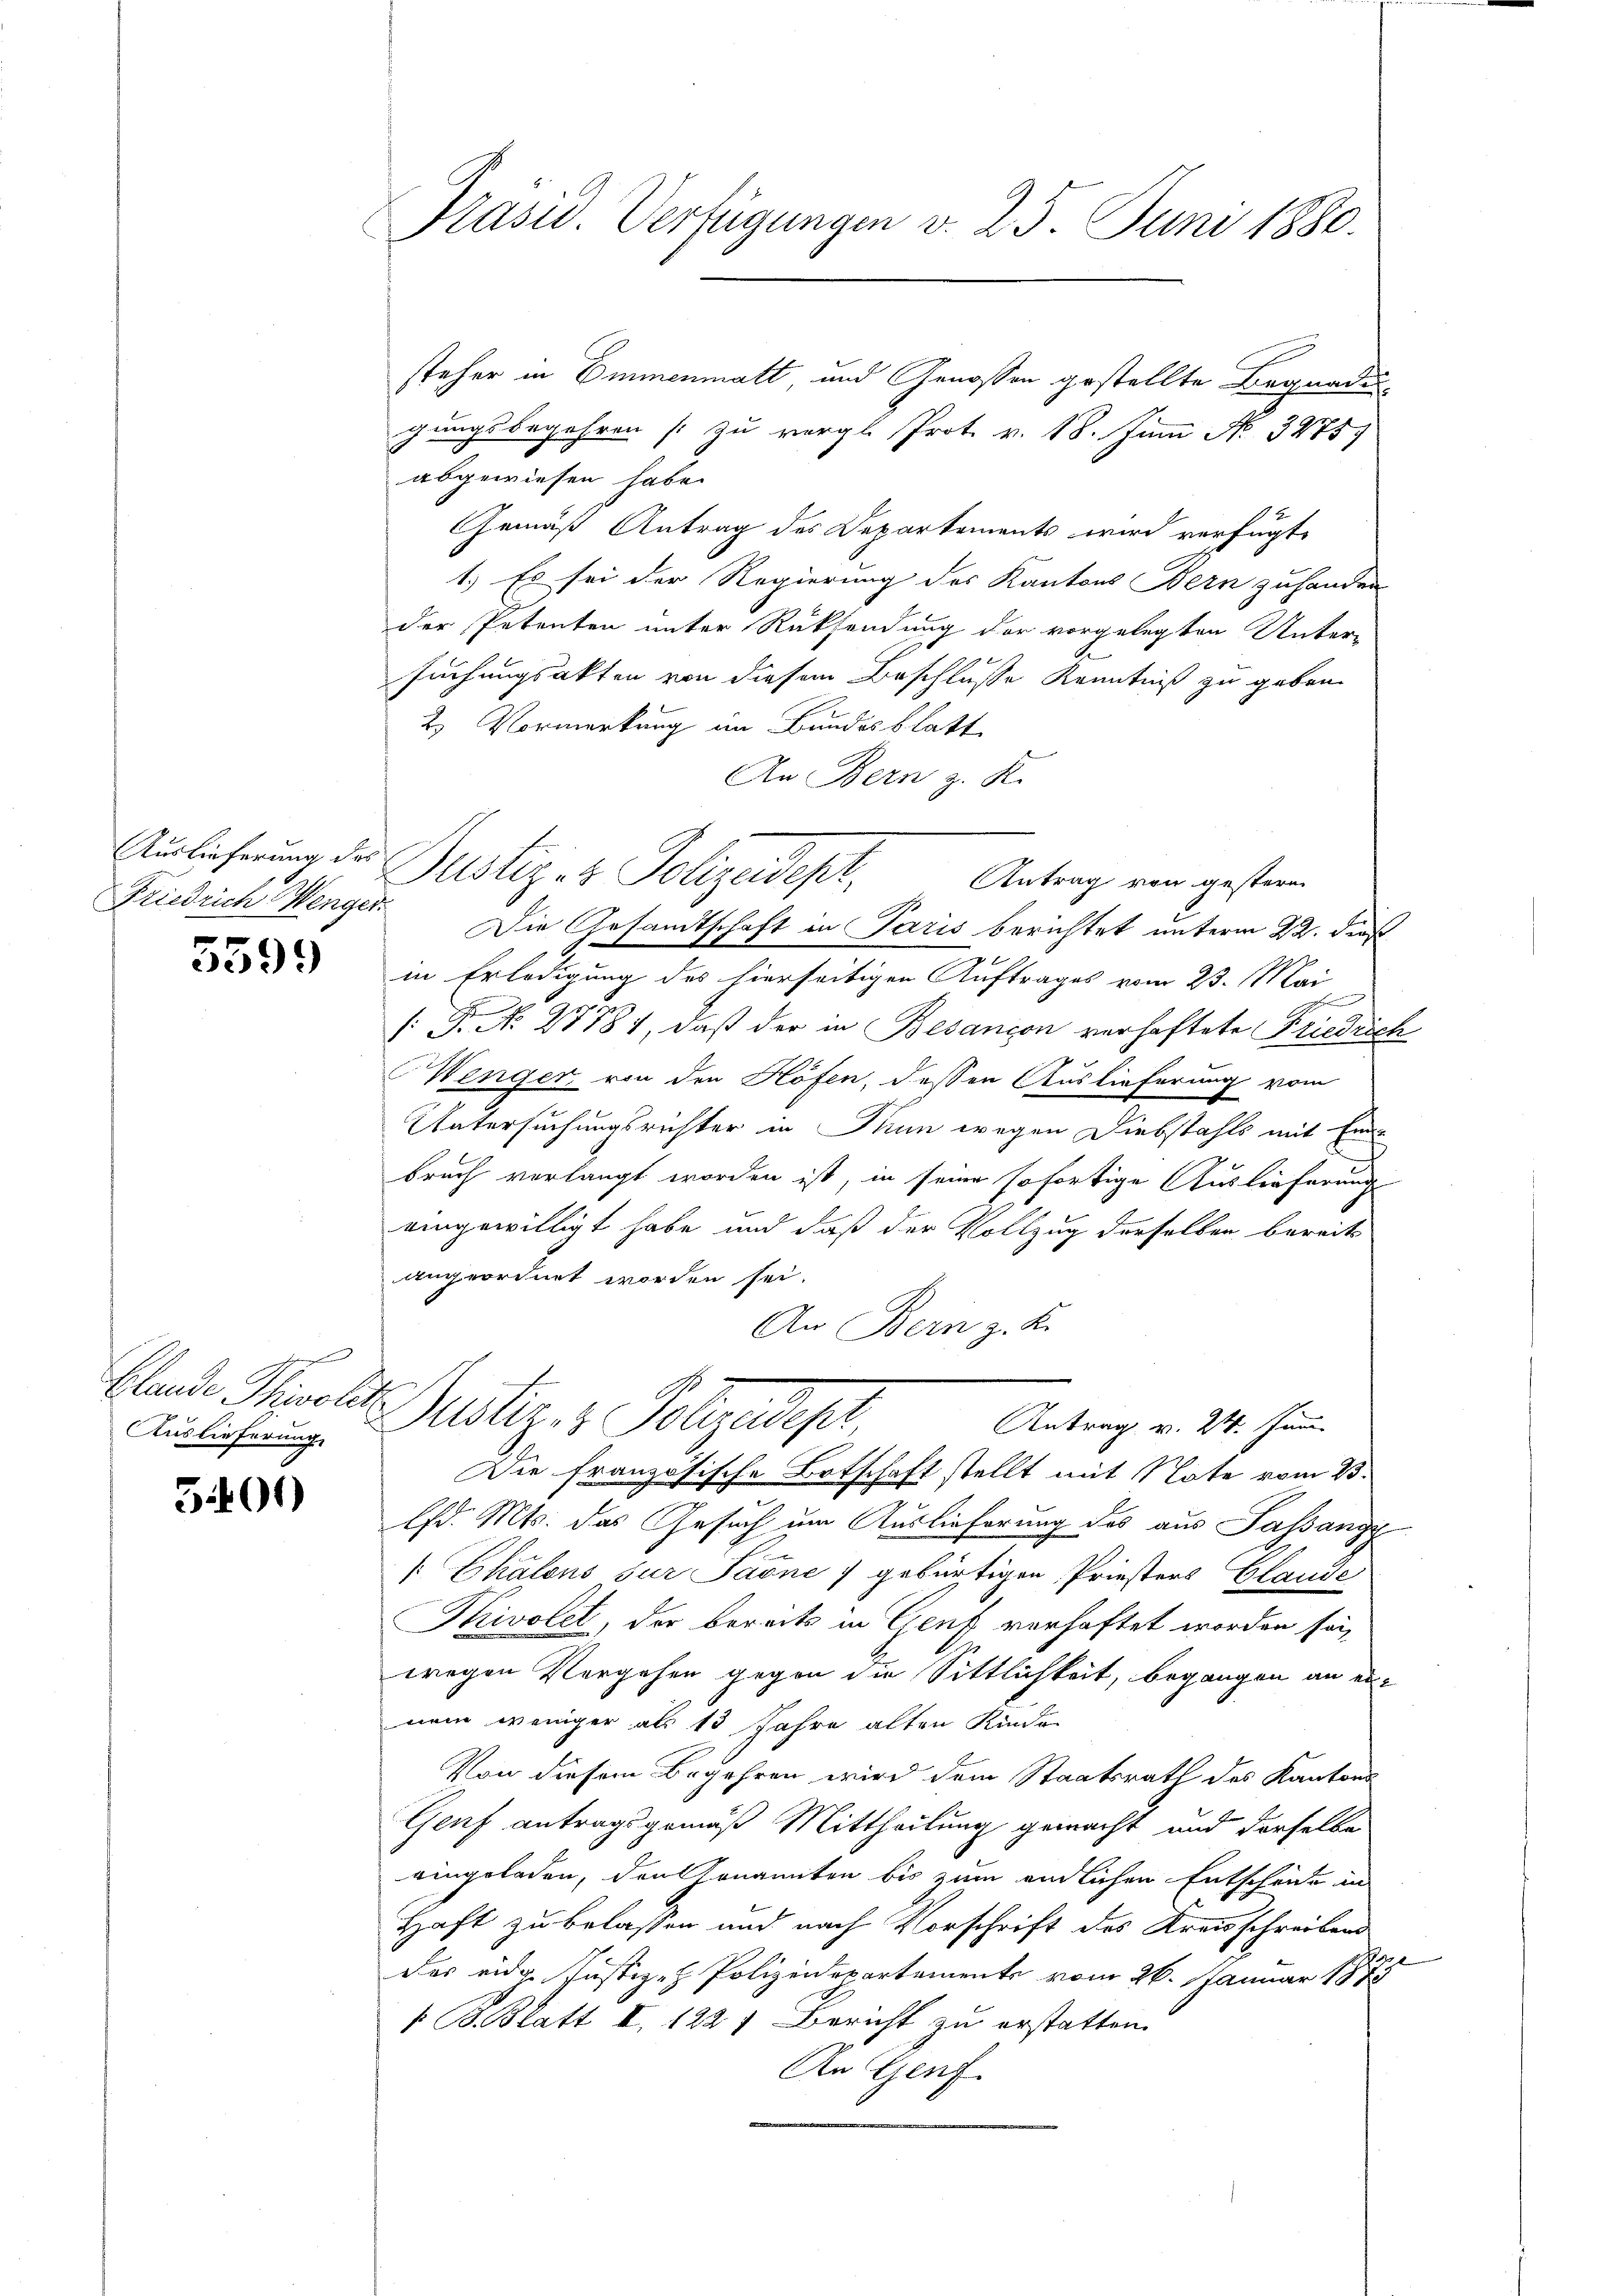
Auslieferung des
Friedrich Menger.
7

5599)

e
blande Thivoli
Auslieferung

5401)

Präsid. Verfügungen v. 25. Juni 1880.

steher in Emmenmatt und Genossen gestellte Begnade
gungsbegehren (zu vergl. Prot. v. 18. Juni No 34757
abgewiesen habe.
Gemäß Antrag des Departements wird verfügt,
1.) Es sei der Regierung des Kantons Bern zuhanden
der Petenten unter Rücksendung der vorgelegten Unter-
suchungsakten von diesem Beschlusse Kenntniß zu geben.
2. Vormerkung im Bundesblatt
An Bern z. R.
Justiz- & Polizeidept,
Die Gesandtschaft in Paris berichtet unterm 22. dieß
in Erledigung des hierseitigen Auftrages vom 23. Mai
h
[Fr. No. 27781, daß der in Besançon verhaftete Friedrich
Menger, von den Höfen, dessen Auslieferung vom
Untersuchungsrichter in Nun wegen Diebstahls mit Ein
bruch verlangt worden ist, in seine sofortige Auslieferung
eingewilligt habe und daß der Vollzug derselben bereits
angeordnet worden sei.
An Bern z. B.
I. Justiz & Polizeidige
Antrag v. 24. Jänn
Die französische Botschaft stellt mit Note vom 23.
lfd. Mts. das Gesuch um Auslieferung des aus Passangy
[Ekalons sur Sadne 7 gebürtigen Priesters Blaude
Tivolet, der bereits in Genf verhaftet worden sei,
wegen Vergehen gegen die Sittlichkeit, begangen an ernem weniger als 13 Jahre alten Kinde
Von diesem Begehren wird dem Staatsrath des Kantons
Genf antragsgemäß Mittheilung gemacht und derselbe
eingeladen, den enannten bis zum endlichen Entscheide in
Haft zu belassen und nach Vorschrift des Kreisschreibend
das eidg. Justiz- & Polizeidepartements vom 26. Januar 1873
/B. Blatt I. 1227 Bericht zu erstatten.
An Genf.

Antrag von gestern
S